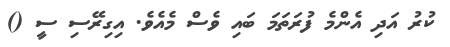
ކުރު އަދި އެންމެ ފުރަތަމަ ބައި ވެސް މެއެވެ. އިގިރޭސި ސީ ()